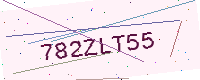
Text: 782ZLT55